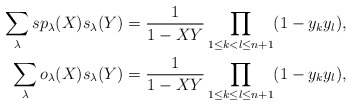
\begin{align*}\sum_{\lambda}sp_\lambda(X)s_\lambda(Y)=\frac{1}{1-XY}\prod_{1\leq k< l\leq n+1}(1-y_ky_l),\\\sum_{\lambda}o_\lambda(X)s_\lambda(Y)=\frac{1}{1-XY}\prod_{1\leq k\leq l\leq n+1}(1-y_ky_l),\end{align*}